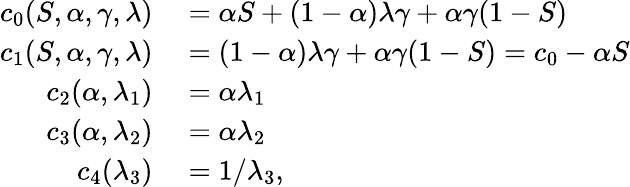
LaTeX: \begin{array}{rl}{c_{0}(S,\alpha,\gamma,\lambda)}&{{}=\alpha S+(1-\alpha)\lambda\gamma+\alpha\gamma(1-S)}\\ {c_{1}(S,\alpha,\gamma,\lambda)}&{{}=(1-\alpha)\lambda\gamma+\alpha\gamma(1-S)=c_{0}-\alpha S}\\ {c_{2}(\alpha,\lambda_{1})}&{{}=\alpha\lambda_{1}}\\ {c_{3}(\alpha,\lambda_{2})}&{{}=\alpha\lambda_{2}}\\ {c_{4}(\lambda_{3})}&{{}=1/\lambda_{3},}\end{array}